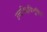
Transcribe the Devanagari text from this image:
उच्चविद्दाविभूषित